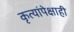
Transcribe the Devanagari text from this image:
कृत्यांपेक्षाही